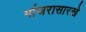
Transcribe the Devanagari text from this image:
मांजरासारखे